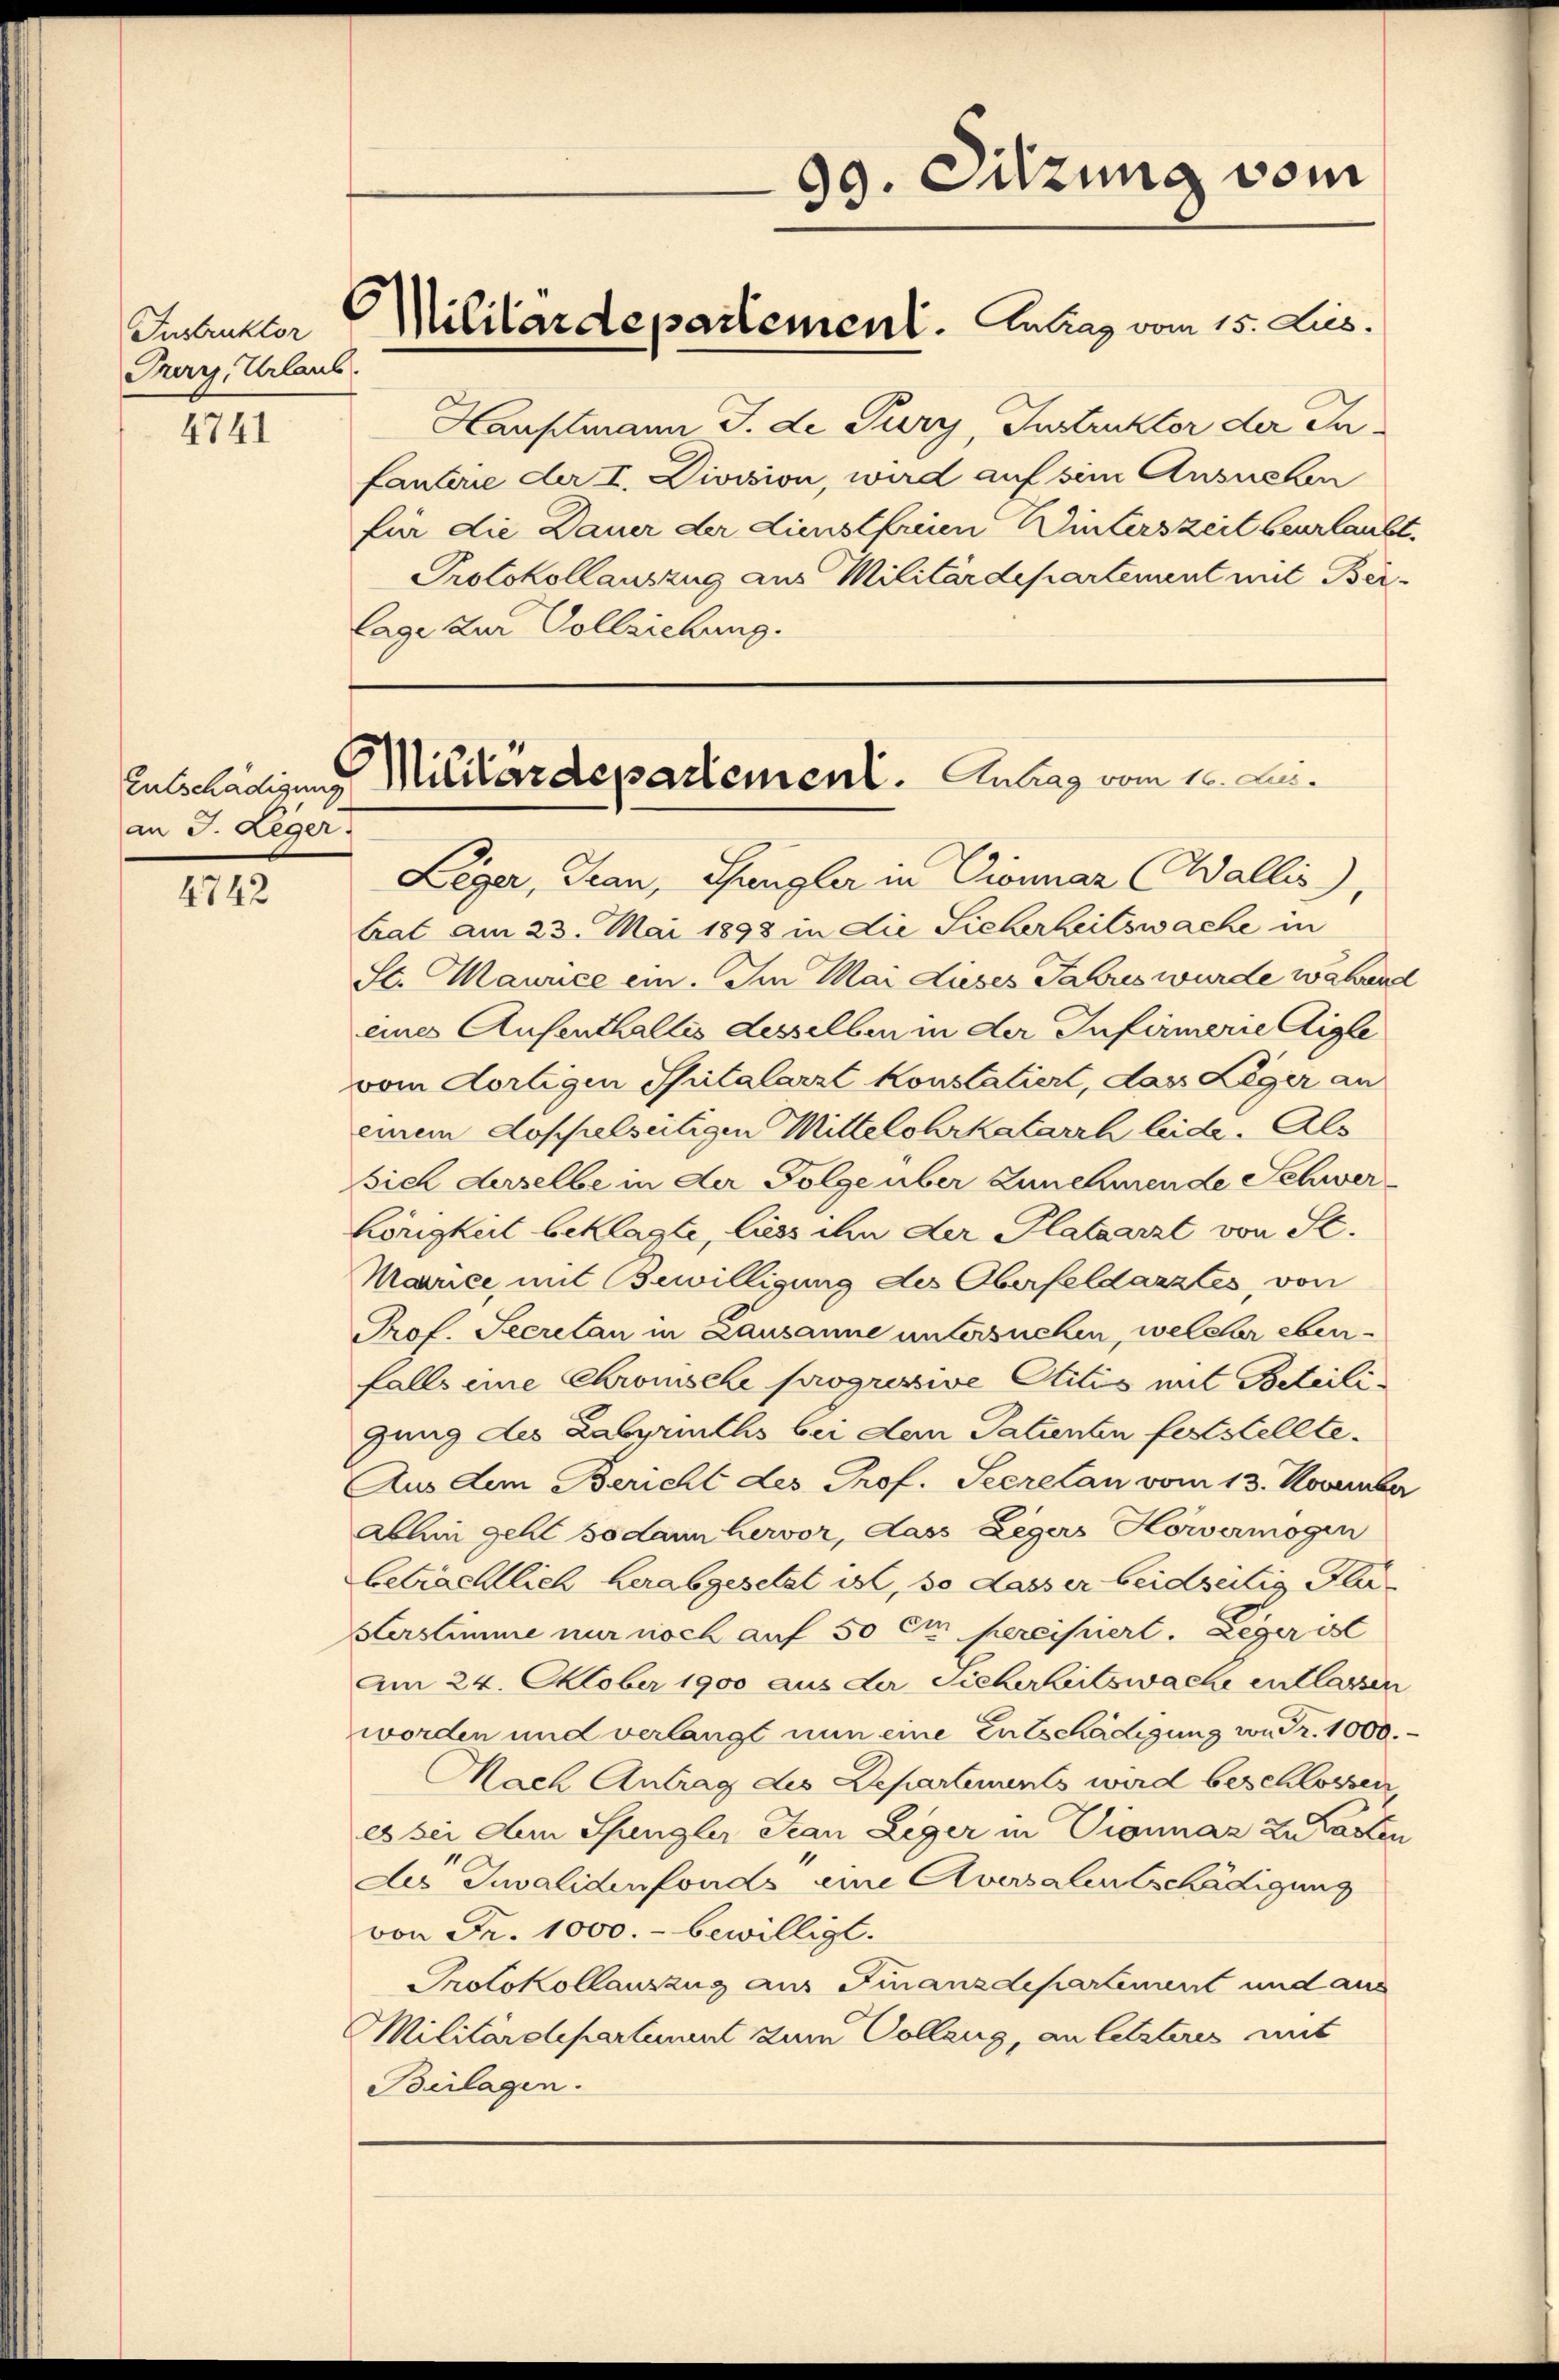
Trury, Urlaub.

4741

an J. Leger.

4742

Hauptmann J. de Pury, Instruktor der Infanterie der I. Division, wird auf sie Ansuchen
für die Dauer der dienstfreien Winterszeit beurlaubt.
Protokollauszug aus Militärdepartement mit Bei
lage zur Vollziehung.

Leger, Tran, Sungler in Dionnaz (Wallis),
trat am 23. Mai 1898 in die Sicherheitswache in
St. Maurice ein. Im Mai dieses Tabus wurde während
eines Aufenthallis desselben in der Infirmerie Aigle
vom dortigen Spitalarzt konstatiert, das Leger an
einem doppelseitigen Mittelohrkatarrh leide. Als
Sich derselbe in der Folge über Zunehmende Schwerhörigkeit beklagte, liess ihn der Platzarzt von St.
Marce, mit Bewilligung des Oberfeldarztes, von
Prof. Secretan in Lausanne untersuchen, welcher eben
falls eine Chromische progressive Otitis mit Beteili
gung des Labyrinths bei dem Patienten feststellte.
Aus dem Bericht des Prof. Secretan vom 13. November
abhin geht sodann hervor, dass Legers Horvermögen
beträchtlich herabgesetzt ist, so dasser beidseitig de
Verstimme nur noch auf 50 em percipiert. Leger ist
Am 24. Oktober 1900 aus der Sicherheitswache entlassen
worden und verlangt nun eine Entschädigung von Fr. 1000.
Mach Antrag des Departements wird beschlossen,
es sei den Sungler Jean Leger in Vionnaz zu Lasten
des Invalidenfonds eine Aversalentschädigung
von Fr. 1000.- bewilligt.
Protokollauszug aus Finanzdepartement und aus
Militärdepartement zum Colleng, an letzteres mit
Beilagen.

99. Sitzung vom

Entschädigung Militärdepartement.   Antrag vom 10. Lei¬

Insbruckter Militärdepartement. Antrag vom 15. Lus